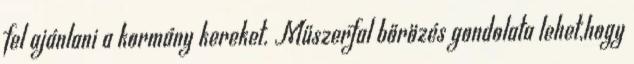
fel ajánlani a kormány kereket. Műszerfal bőrözés gondolata lehet,hogy